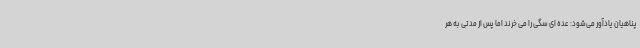
پناهیان یادآور می‌شود: عده ای سگی را می خرند اما پس از مدتی به هر